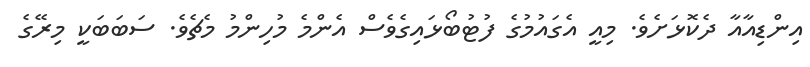
އިންޑިއާއާ ދެކޮޅަށެވެ. މިއީ އެގައުމުގެ ފުޓުބޯޅައިގެވެސް އެންމެ މުހިންމު މެޗެވެ. ސަބަބަކީ މިރޭގެ